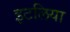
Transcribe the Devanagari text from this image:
इटलिया